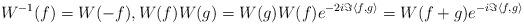
LaTeX: \begin{align*}W^{-1}(f)= W(-f), W(f) W(g) = W(g) W(f) e^{-2 i \Im \langle f , g\rangle} = W(f+g) e^{-i \Im \langle f , g \rangle }\end{align*}